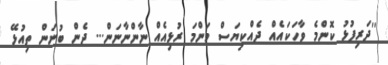
''ދަރިފުޅު ކޮންމެ ވާހަކައެއް ދެއްކިޔަސް މަންމަ ރުޅިއެއް ނާންނާނަން... ދެން ބުނަން ތިއުޅޭ